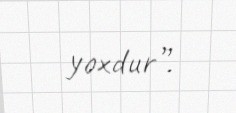
yoxdur”.